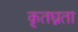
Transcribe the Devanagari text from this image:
कृतघ्नता